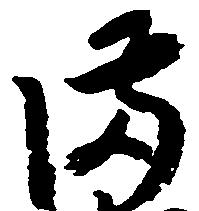
備